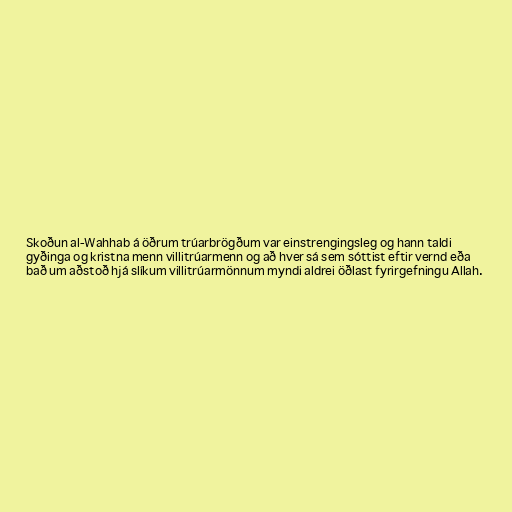
Skoðun al-Wahhab á öðrum trúarbrögðum var einstrengingsleg og hann taldi
gyðinga og kristna menn villitrúarmenn og að hver sá sem sóttist eftir vernd eða
bað um aðstoð hjá slíkum villitrúarmönnum myndi aldrei öðlast fyrirgefningu Allah.